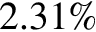
2 . 3 1 \%